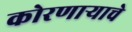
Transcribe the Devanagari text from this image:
कोरणार्‍याचे